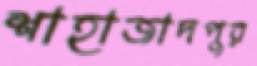
শাহাজাদপুর